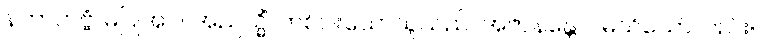
နကာတဗ္ဗံ၊ မပြုအပ်။ အညသ္မိံ၊ တစ်ပါးသောသူသည်။ အဇာနန္တေပိ၊ မသိသော်လည်း။